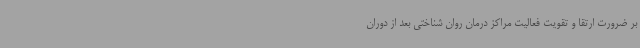
بر ضرورت ارتقا و تقویت فعالیت مراکز درمان روان شناختی بعد از دوران